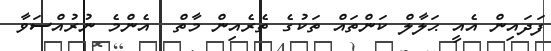
ފަދައިން އެއީ ޙަލާލް ކަންތައް ތަކުގެ ތެރެއިން މާތް  އެންމެ ނުރުއްސަވާ